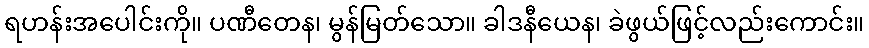
ရဟန်းအပေါင်းကို။ ပဏီတေန၊ မွန်မြတ်သော။ ခါဒနီယေန၊ ခဲဖွယ်ဖြင့်လည်းကောင်း။